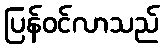
ပြန်ဝင်လာသည်